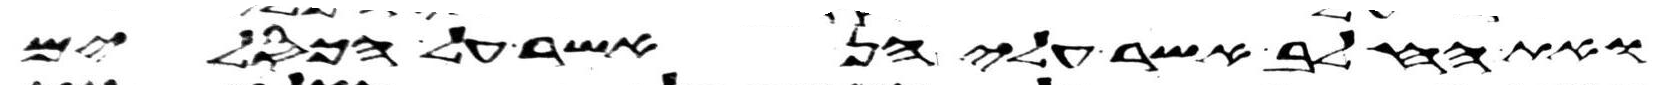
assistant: ואת החלב אשר עליהן אשר על הכסלים